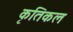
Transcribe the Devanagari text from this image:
कृतिकल